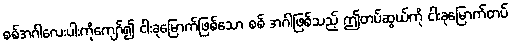
စစ်အင်္ဂါလေးပါးကိုကျော်၍ ငါးခုမြောက်ဖြစ်သော စစ် အင်္ဂါဖြစ်သည့် ဤတပ်ဆွယ်ကို ငါးခုမြောက်တပ်